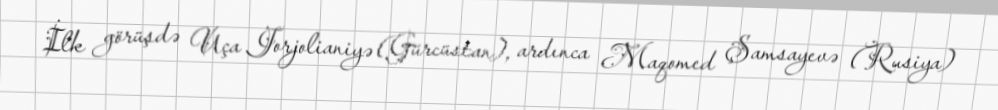
İlk görüşdə Uça Jorjolianiyə (Gürcüstan), ardınca Maqomed Şamsayevə (Rusiya)